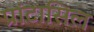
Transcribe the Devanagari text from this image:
प्रांटासिल